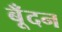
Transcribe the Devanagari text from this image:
बूँदन